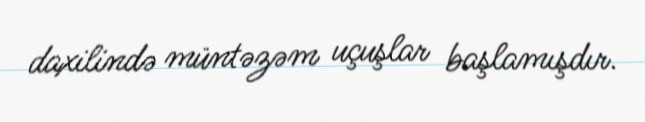
daxilində müntəzəm uçuşlar başlamışdır.